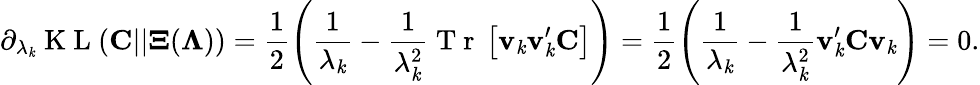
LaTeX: \partial_{\lambda_{\mathit{k}}}\mathrm{{~K~L~}}({\mathbf{C}}||{\mathbf{\Xi}}({\mathbf{\Lambda}}))=\frac{{1}}{{2}}\left(\frac{{1}}{{\lambda_{\mathit{k}}}}-\frac{{1}}{{\lambda_{\mathit{k}}^{2}}}\mathrm{{~T~r~}}\left[{\mathbf{v}}_{\mathit{k}}{\mathbf{v}}_{\mathit{k}}^{\prime}{\mathbf{C}}\right]\right)=\frac{{1}}{{2}}\left(\frac{{1}}{{\lambda_{\mathit{k}}}}-\frac{{1}}{{\lambda_{\mathit{k}}^{2}}}{\mathbf{v}}_{\mathit{k}}^{\prime}{\mathbf{C}}{\mathbf{v}}_{\mathit{k}}\right)=0.